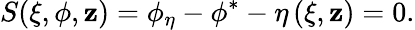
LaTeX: S(\xi,\phi,\mathbf{z})=\phi_{\eta}-\phi^{*}-\eta\left(\xi,\mathbf{z}\right)=0.